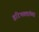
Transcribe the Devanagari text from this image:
हरिभक्तांच्या